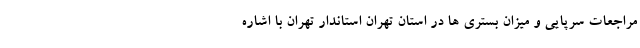
مراجعات سرپایی و میزان بستری ها در استان تهران استاندار تهران با اشاره